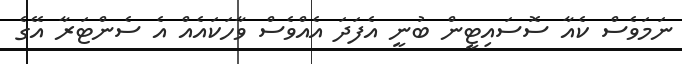
ނަމަވެސް ކެއާ ސޮސައިޓީން ބުނީ އެފަދަ އެއްވެސް ވާހަކައެއް އެ ސެންޓަރާ އޭގެ